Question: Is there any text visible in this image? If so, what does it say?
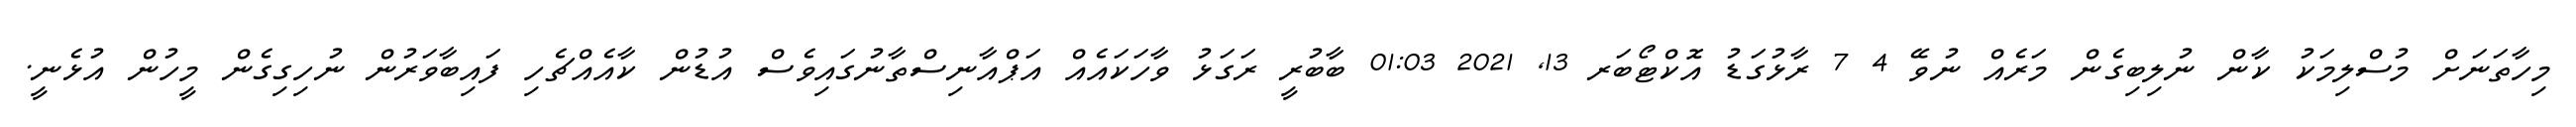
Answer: މިހާތަނަށް މުސްލިމަކު ކާން ނުލިބިގެން މަރެއް ނުވޭ 4 7 ރާޅުގަޑު އޮކްޓޯބަރ 13, 2021 01:03 ބާބުރީ ރަގަޅު ވާހަކައެއް އަޕްއާނިސްތާނުގައިވެސް އުޑުން ކާއެއްޗެހި ފައިބާވަރުން ނުހިގިގެން މީހުން އުޅެނީ.